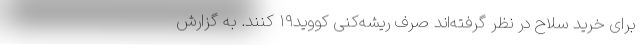
برای خرید سلاح در نظر گرفته‌اند صرف ریشه‌کنی کووید۱۹ کنند. به گزارش